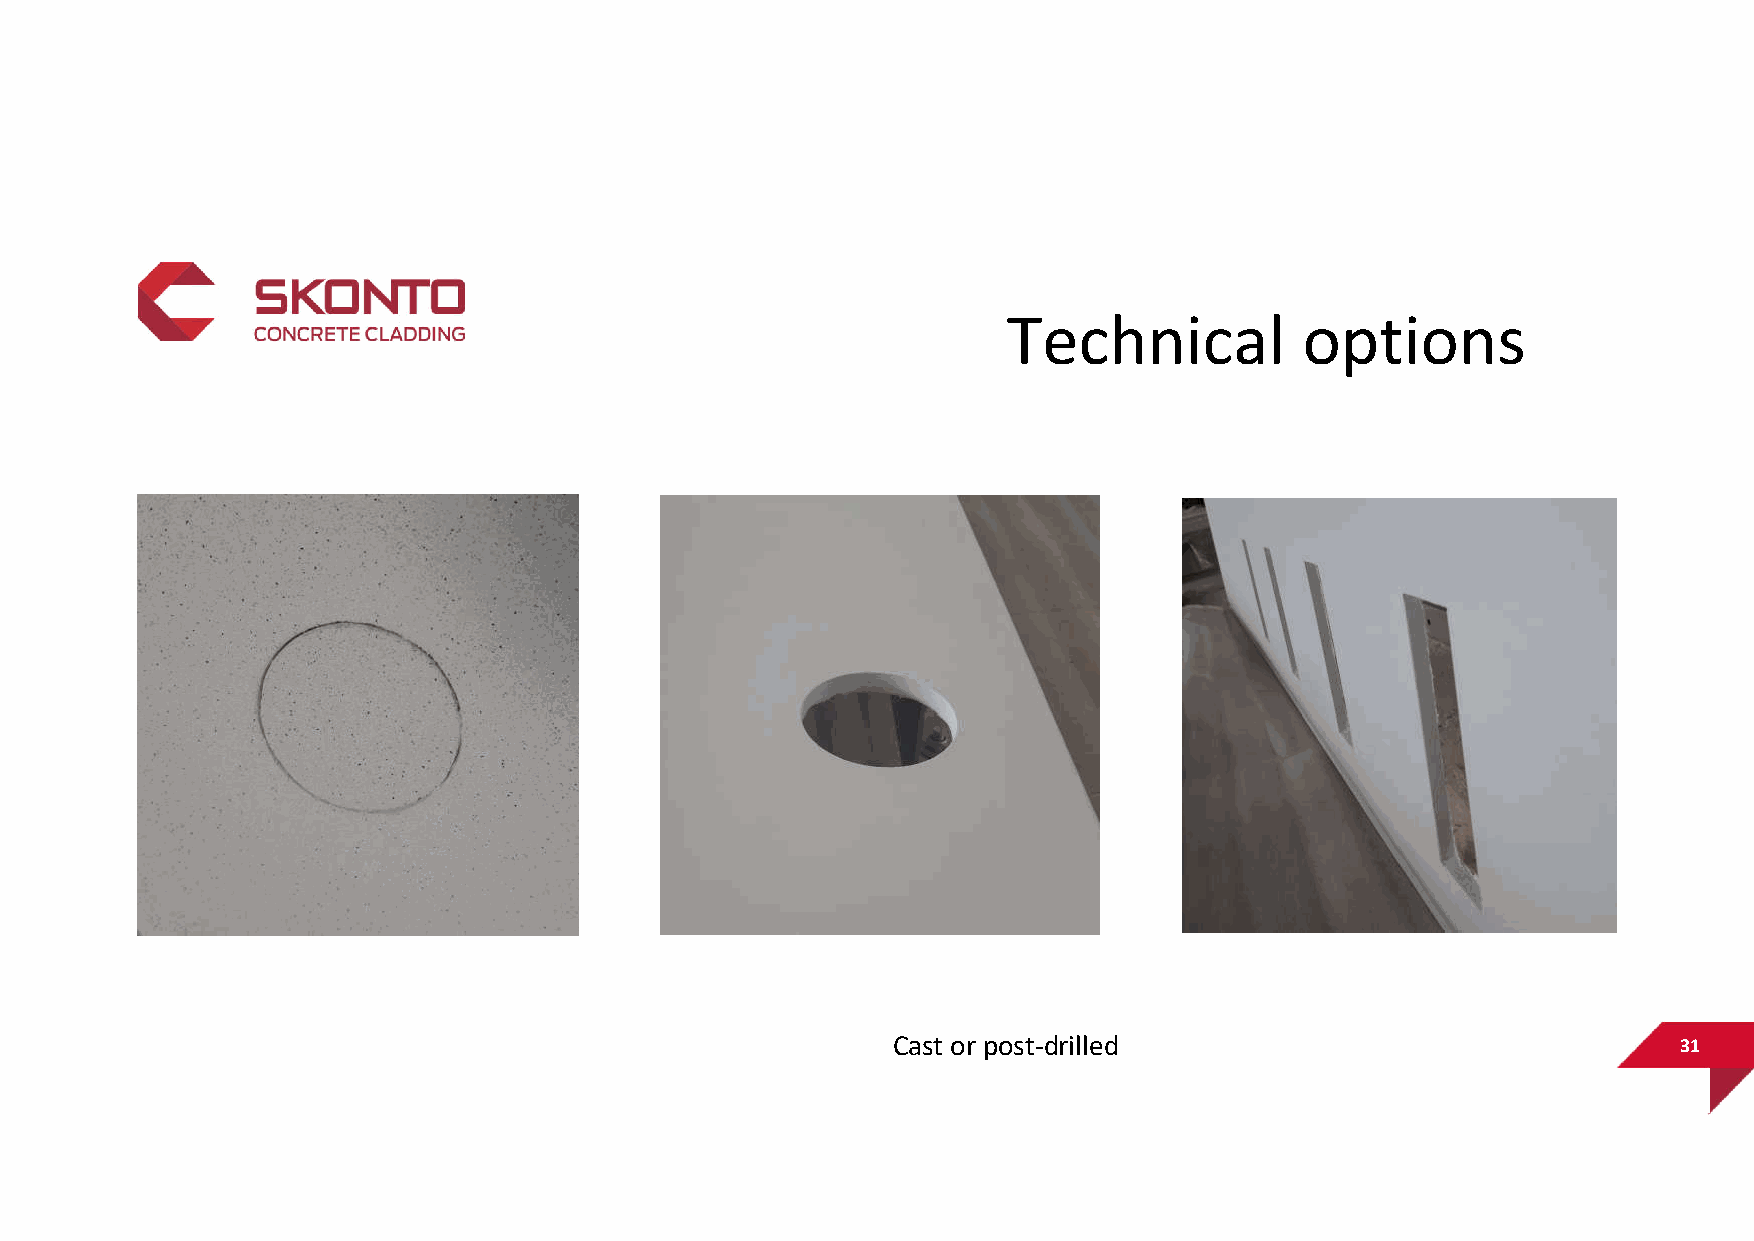
Technical          options
 Cast or post-drilled                                31